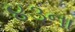
૪૩ના